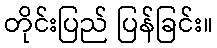
တိုင်းပြည် ပြန်ခြင်း။